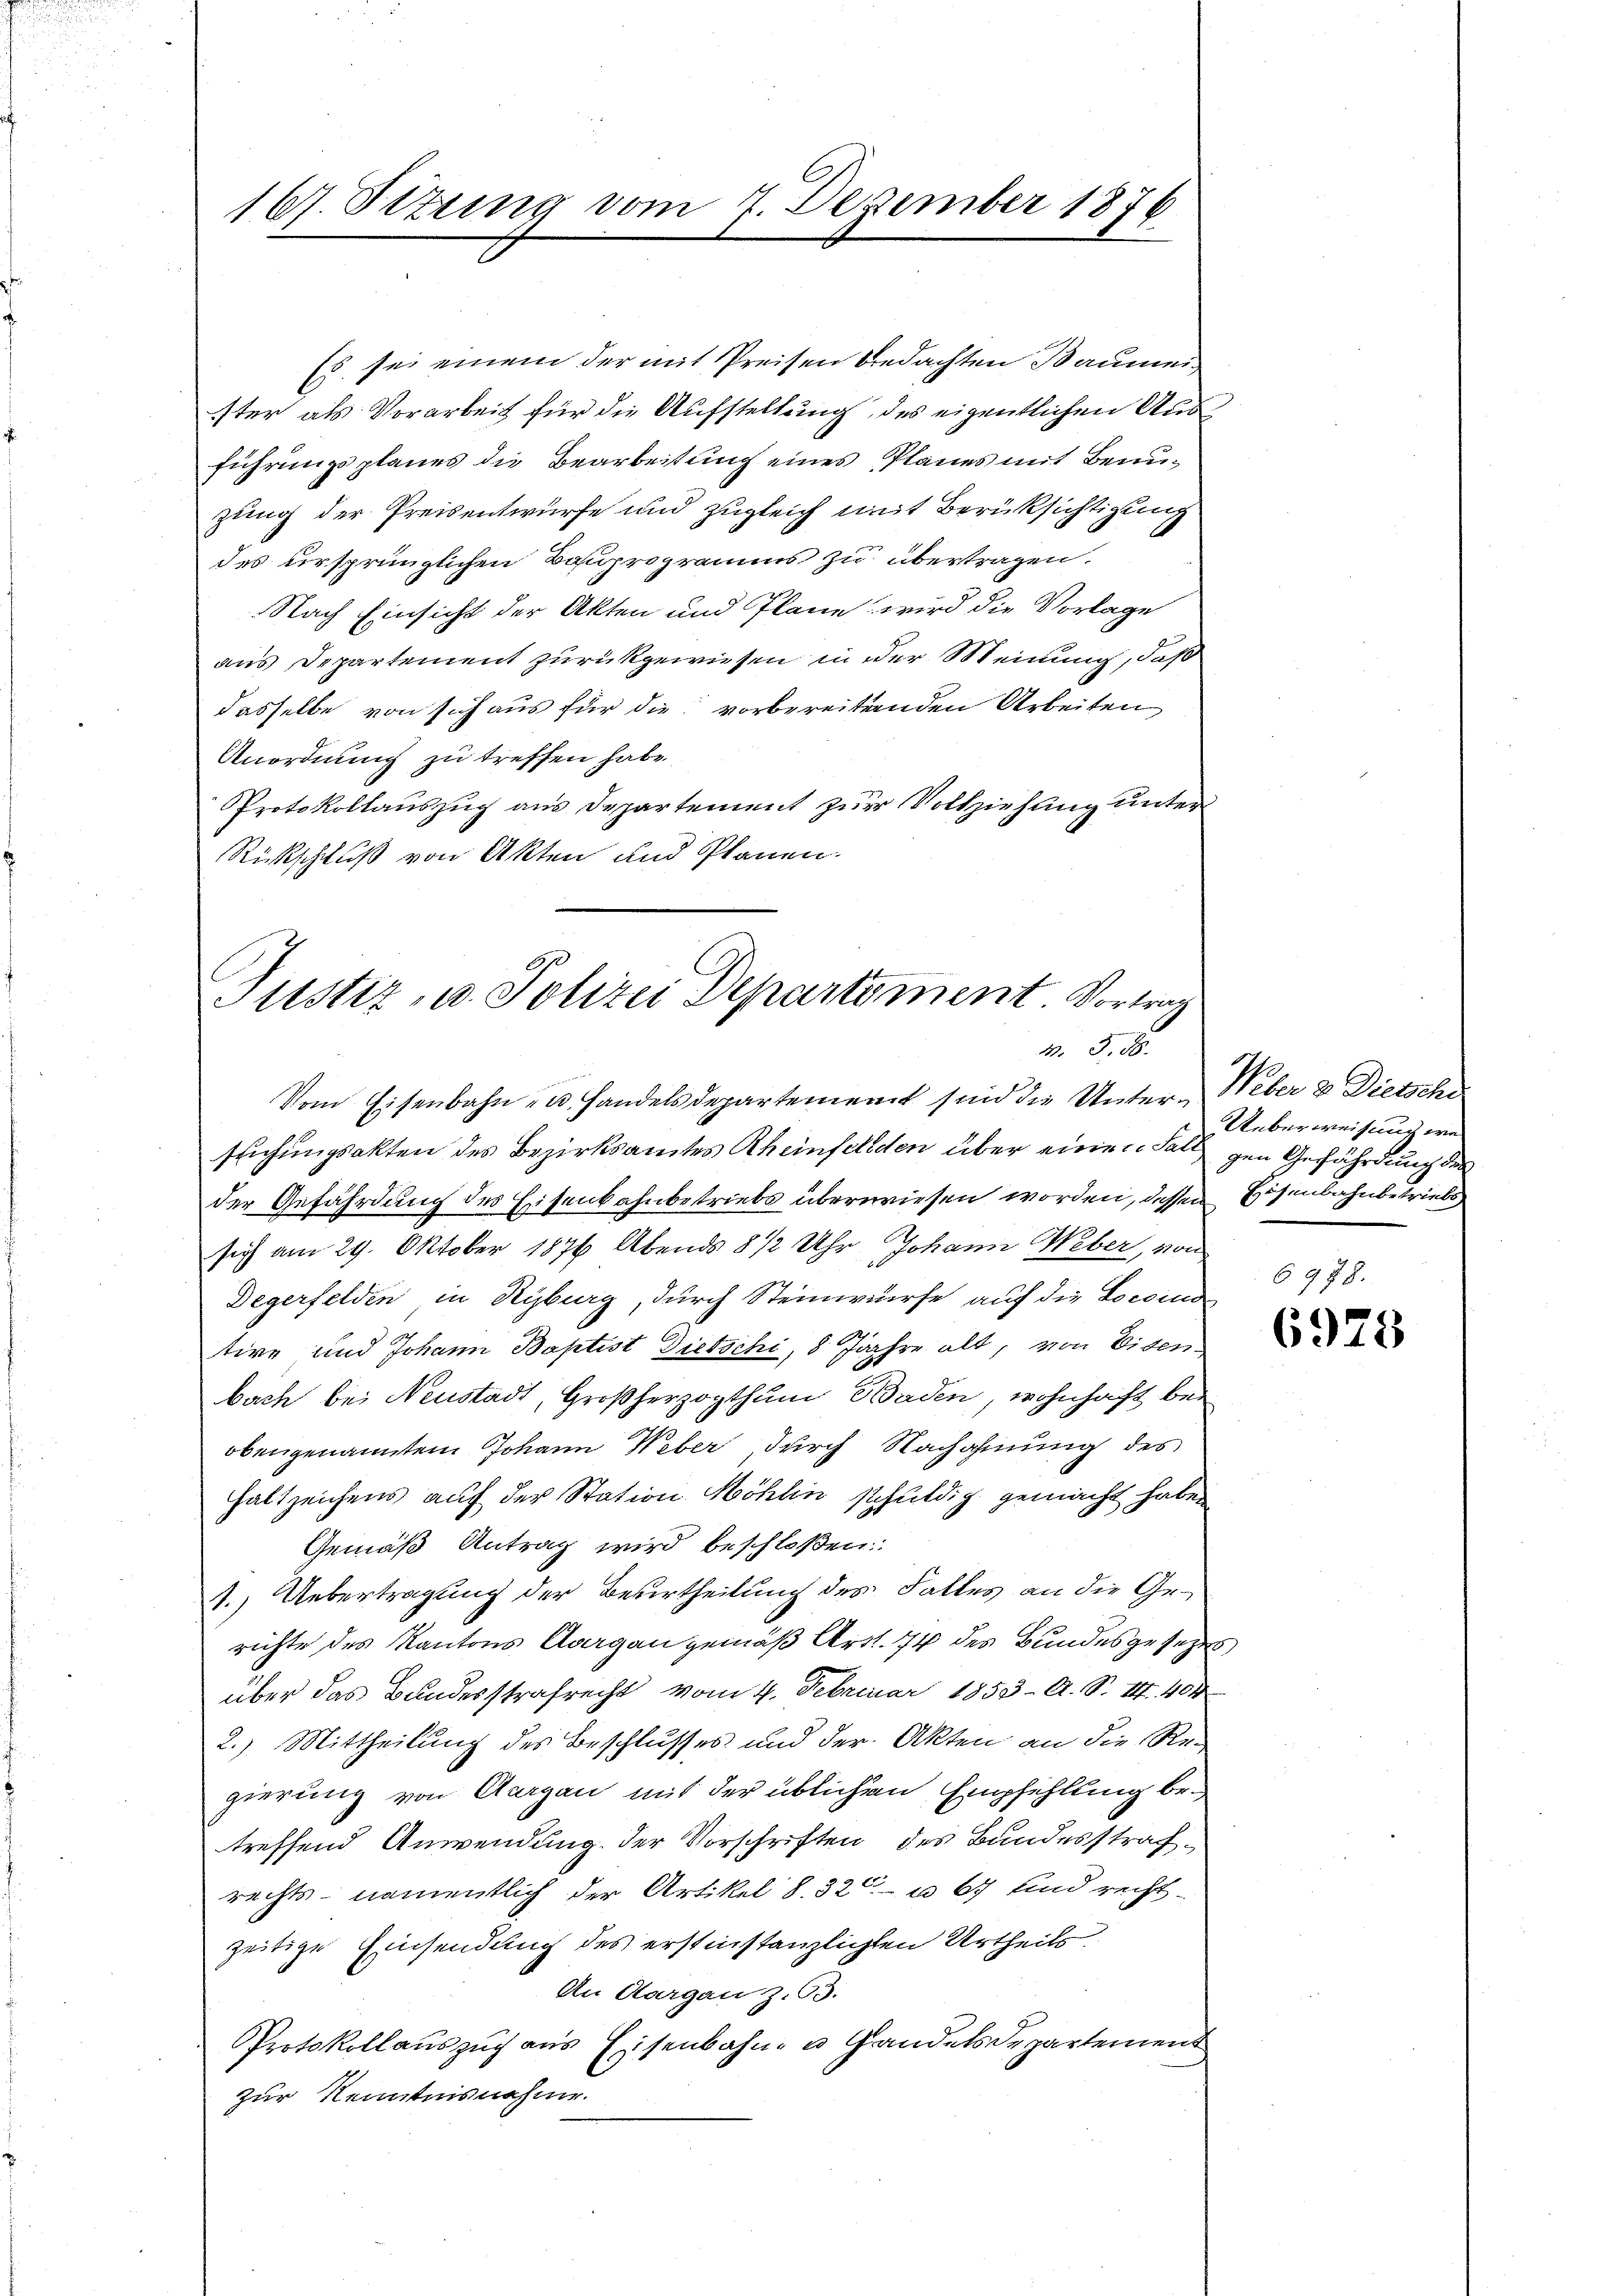
16. Situng vom 7. Dezember 1876

Es sei einem der mit Preisen bedachten Baumei
ister als Vorarbeit für die Aufstellung des eigentlichen Ausführungsplanes die Bearbeitung eines Planes mit Benuzung der Preisentwürfe und zugleich mit Berüksichtigung
des ursprünglichen Bauprogramms zu übertragen.
Nach Einsicht der Akten und Plane wird die Vorlage
aus Departement zurückgewiesen in der Meinung, daß
dasselbe von sich aus für die vorbereitenden Arbeiten
Anordnung zu treffen habe.
Protokollauszug aus Departement zur Vollziehung unter
Rückschluß von Akten und Planen.

Justiz, u. Polizei Departement Vortrag
M. 5. 16.

Vom Eisenbahn- u. Handelsdepartement sind die Unter-Weber 2. Dietsche
stichungsakten des Bezirksamtes Rheinfelden über einen Fall gen Gefährdung der
der Gefährdung des Eisenbahnbetriebs überwiesen worden, dessen Eisenbahnbetriebs
sich am 29. Oktober 1876 Abends 8 1/2 Uhr Johann Weber, von
Degerfelden, in Kyburg, durch Steinwürfe auf die Locoind
tive und Johann Baptist Diebschi, 8 Jahre alt, von Eisen
bach bei Neustadt, Großherzogthum Baden, wohnhaft bei
obengenannten Johann Weber durch Nachahmung des
Haltzeichens auf der Station Möhlin schuldig gemacht haben
Gemäß Antrag wird beschloßen:
1.) Uebertragung der Beurtheilung des Falles an die Gerichte des Kantons Aargau gemäß Art. 74 des Bundesgesetzes
über das Bundesstrafrecht vom 4. Februar 1853 A. S. 14. 404
2.) Mittheilung des Beschlusses und der Akten an die Re-
gierung von Aargau mit der üblichen Empfehlung betreffend Anwendung. Der Vorschriften des Bundesstrafrechts- namentlich der Artikel 8. 32 u. 67 und rechtzeitige Einsendung des erstinstanzlichen Urtheils.
An Aargau z. 63.
PProtokollauszug aus Eisenbahn- u Gandelsdepartement
zur Kenntnisnehme.

Ueberweisung wa

6978.
6928